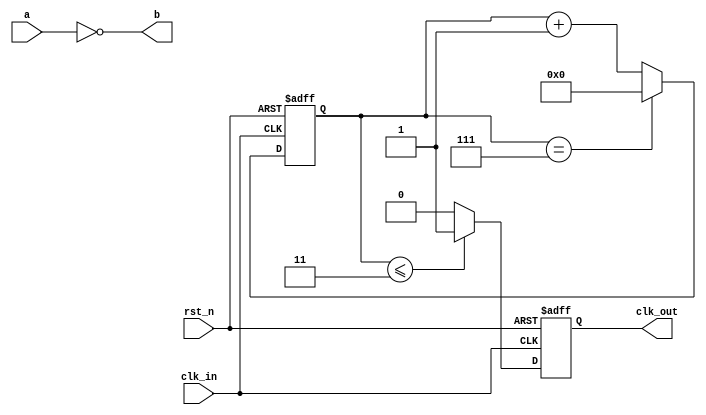
module divider(// synchronous logic block
               input clk_in,
               output clk_out,
               input rst_n,
               // combinational logic block
               input a,
               output b);

reg period;
reg [7:0] clk_cnt;
wire [7:0] cnt;
wire c;
reg b_out;

assign cnt = {1'b1, clk_cnt[6:0]};
assign c = clk_cnt == 7 ? 1'b1 : 1'b0;

always @(posedge clk_in or negedge rst_n)
begin : clkcnt_gen
  if(!rst_n)
    clk_cnt <= 0;
  else if(clk_cnt == 7)
    clk_cnt <= 0;
  else
    clk_cnt <= clk_cnt + 1;
end

always @(posedge clk_in or negedge rst_n)
begin : period_gen
  if(!rst_n)
    period <= 0;
  else if(clk_cnt <= 3)
    period <= 1;
  else
    period <= 0;
end

assign clk_out = period;

always @(*)
begin
  b_out = ~a;
end

assign b = b_out;

endmodule